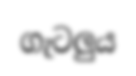
ගැටලුය